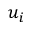
u _ { i }